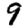
Digit: 9